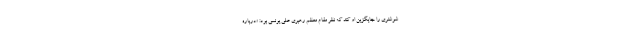
شوشتری را جایگزین او كند که نظر مقام معظم رهبری علی یونسی بود: «درباره